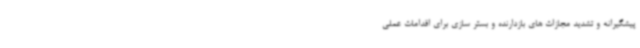
پیشگیرانه و تشدید مجازات های بازدارنده و بستر سازی برای اقدامات عملی